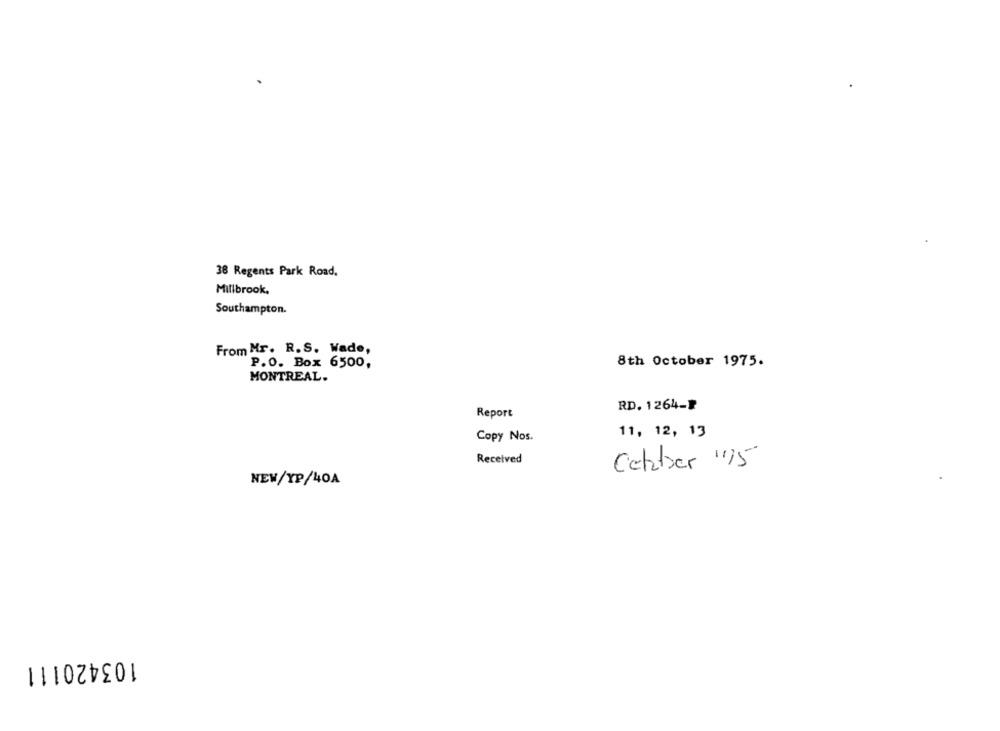
38 Regents Park Road.
Millbrook,
Southampton.
From Mr. R.S. Wade,
P.O. Box 6500,
8th October 1975.
MONTREAL.
RD. 1264-฿
Report
Copy Nos.
11, 12, 13
Received
Cetaber "15
NEW/YP/40A
103420111